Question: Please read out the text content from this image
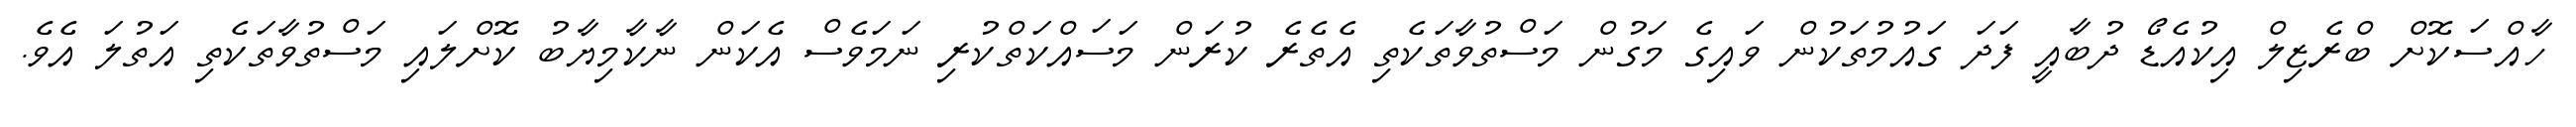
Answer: ހާއްސަކޮށް ބްރެޒިލް އިކުއެޑޯ ދުބާއީ ފަދަ ގައުމުތަކުން ވައިގެ މަގުން މަސްތުވާތަކެތި އެތެރެ ކުރަން މަސައްކަތްކުރި ނަމަވެސް އެކަން ނާކާމިޔާބު ކޮށްލައި މަސްތުވާތަކެތި އަތުލަ އެވެ.